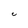
Character: C